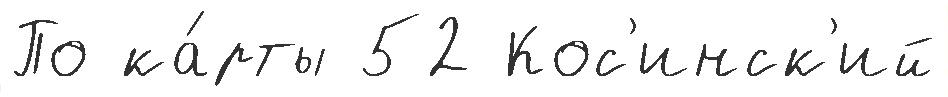
По ка́рты 52 Кос'инск'ий